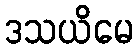
ဒသယိမေ